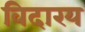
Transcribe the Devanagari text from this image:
विदारय